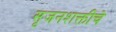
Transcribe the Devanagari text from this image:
सृजनशक्तीचे